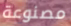
مصنوعة